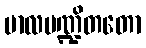
ဗာလပဏ္ဍိတတော